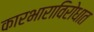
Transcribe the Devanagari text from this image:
कारभाराविरोधात